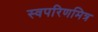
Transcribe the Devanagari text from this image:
स्वपरिणमित्र